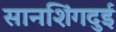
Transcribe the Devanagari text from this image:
सानशिंगदुई